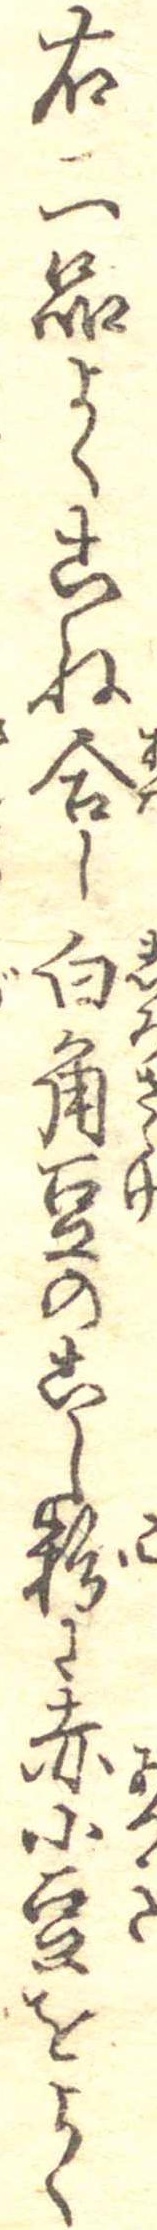
右二品よくこね合し白角豆のこし粉に赤小豆をよく